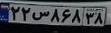
۲۲س۸۶۸۳۸